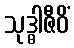
သုဒ္ဓါဇီဝိံ